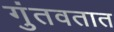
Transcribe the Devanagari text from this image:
गुंतवतात